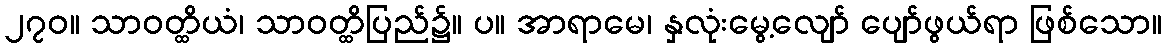
၂၇၀။ သာဝတ္ထိယံ၊ သာဝတ္ထိပြည်၌။ ပ။ အာရာမေ၊ နှလုံးမွေ့လျော် ပျော်ဖွယ်ရာ ဖြစ်သော။